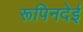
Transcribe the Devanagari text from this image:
रूपिनदेई